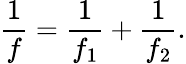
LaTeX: {\frac{1}{f}}={\frac{1}{f_{1}}}+{\frac{1}{f_{2}}}.